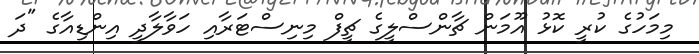
މިމަހުގެ ކުރީ ކޮޅު އޫމަން ޗާންސްލީގެ ޗީފް މިނިސްޓަރާއި ހަވާލާދީ އިންޑިއާގެ "ދަ